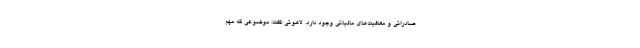
صادراتی و معافیت‌های مالیاتی وجود دارد. لاهوتی گفت: موضوعی که مهم